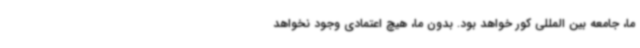
ما، جامعه بین المللی کور خواهد بود. بدون ما، هیچ اعتمادی وجود نخواهد